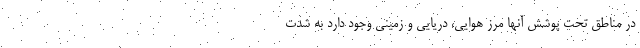
در مناطق تحت پوشش آنها مرز هوایی، دریایی و زمینی وجود دارد به شدت